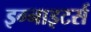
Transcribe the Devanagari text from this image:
इग्नाइटर्स